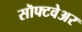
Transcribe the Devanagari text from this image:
सॊफ्टवेअर